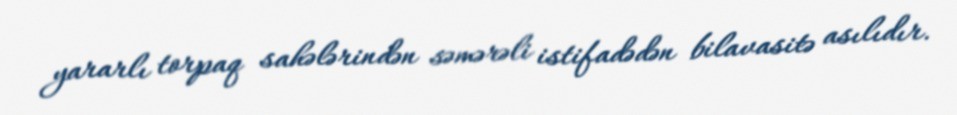
yararlı torpaq sahələrindən səmərəli istifadədən bilavasitə asılıdır.